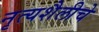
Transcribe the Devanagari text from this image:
नृत्यशैलीचे